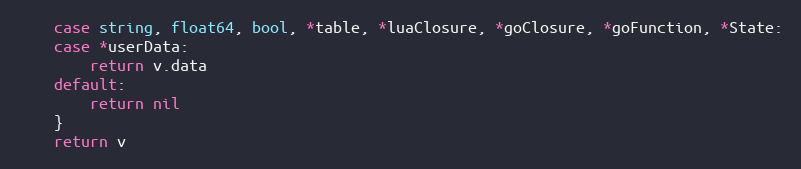
Language: Go
	case string, float64, bool, *table, *luaClosure, *goClosure, *goFunction, *State:
	case *userData:
		return v.data
	default:
		return nil
	}
	return v